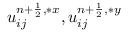
u _ { i j } ^ { { n + \frac { 1 } { 2 } } , \ast x } , u _ { i j } ^ { { n + \frac { 1 } { 2 } } , \ast y }